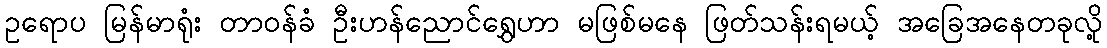
ဥရောပ မြန်မာရုံး တာဝန်ခံ ဦးဟန်ညောင်ရွှေဟာ မဖြစ်မနေ ဖြတ်သန်းရမယ့် အခြေအနေတခုလို့